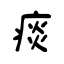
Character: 痰